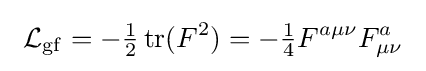
\ {\mathcal {L}}_{\mathrm {gf} }=-{\tfrac {1}{2}}\operatorname {tr} (F^{2})=-{\tfrac {1}{4}}F^{a\mu \nu }F_{\mu \nu }^{a}\